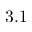
3 . 1